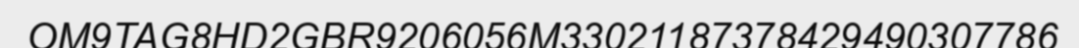
OM9TAG8HD2GBR9206056M33021187378429490307786